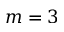
m = 3